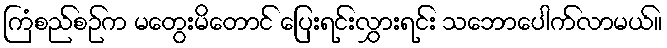
ကြံစည်စဉ်က မတွေးမိတောင် ပြေးရင်းလွှားရင်း သဘောပေါက်လာမယ်။